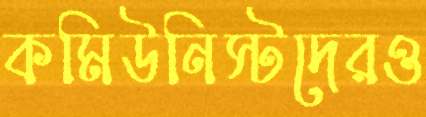
কমিউনিস্টদেরও